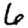
Digit: 6